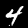
Label: 4